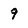
Character: 9